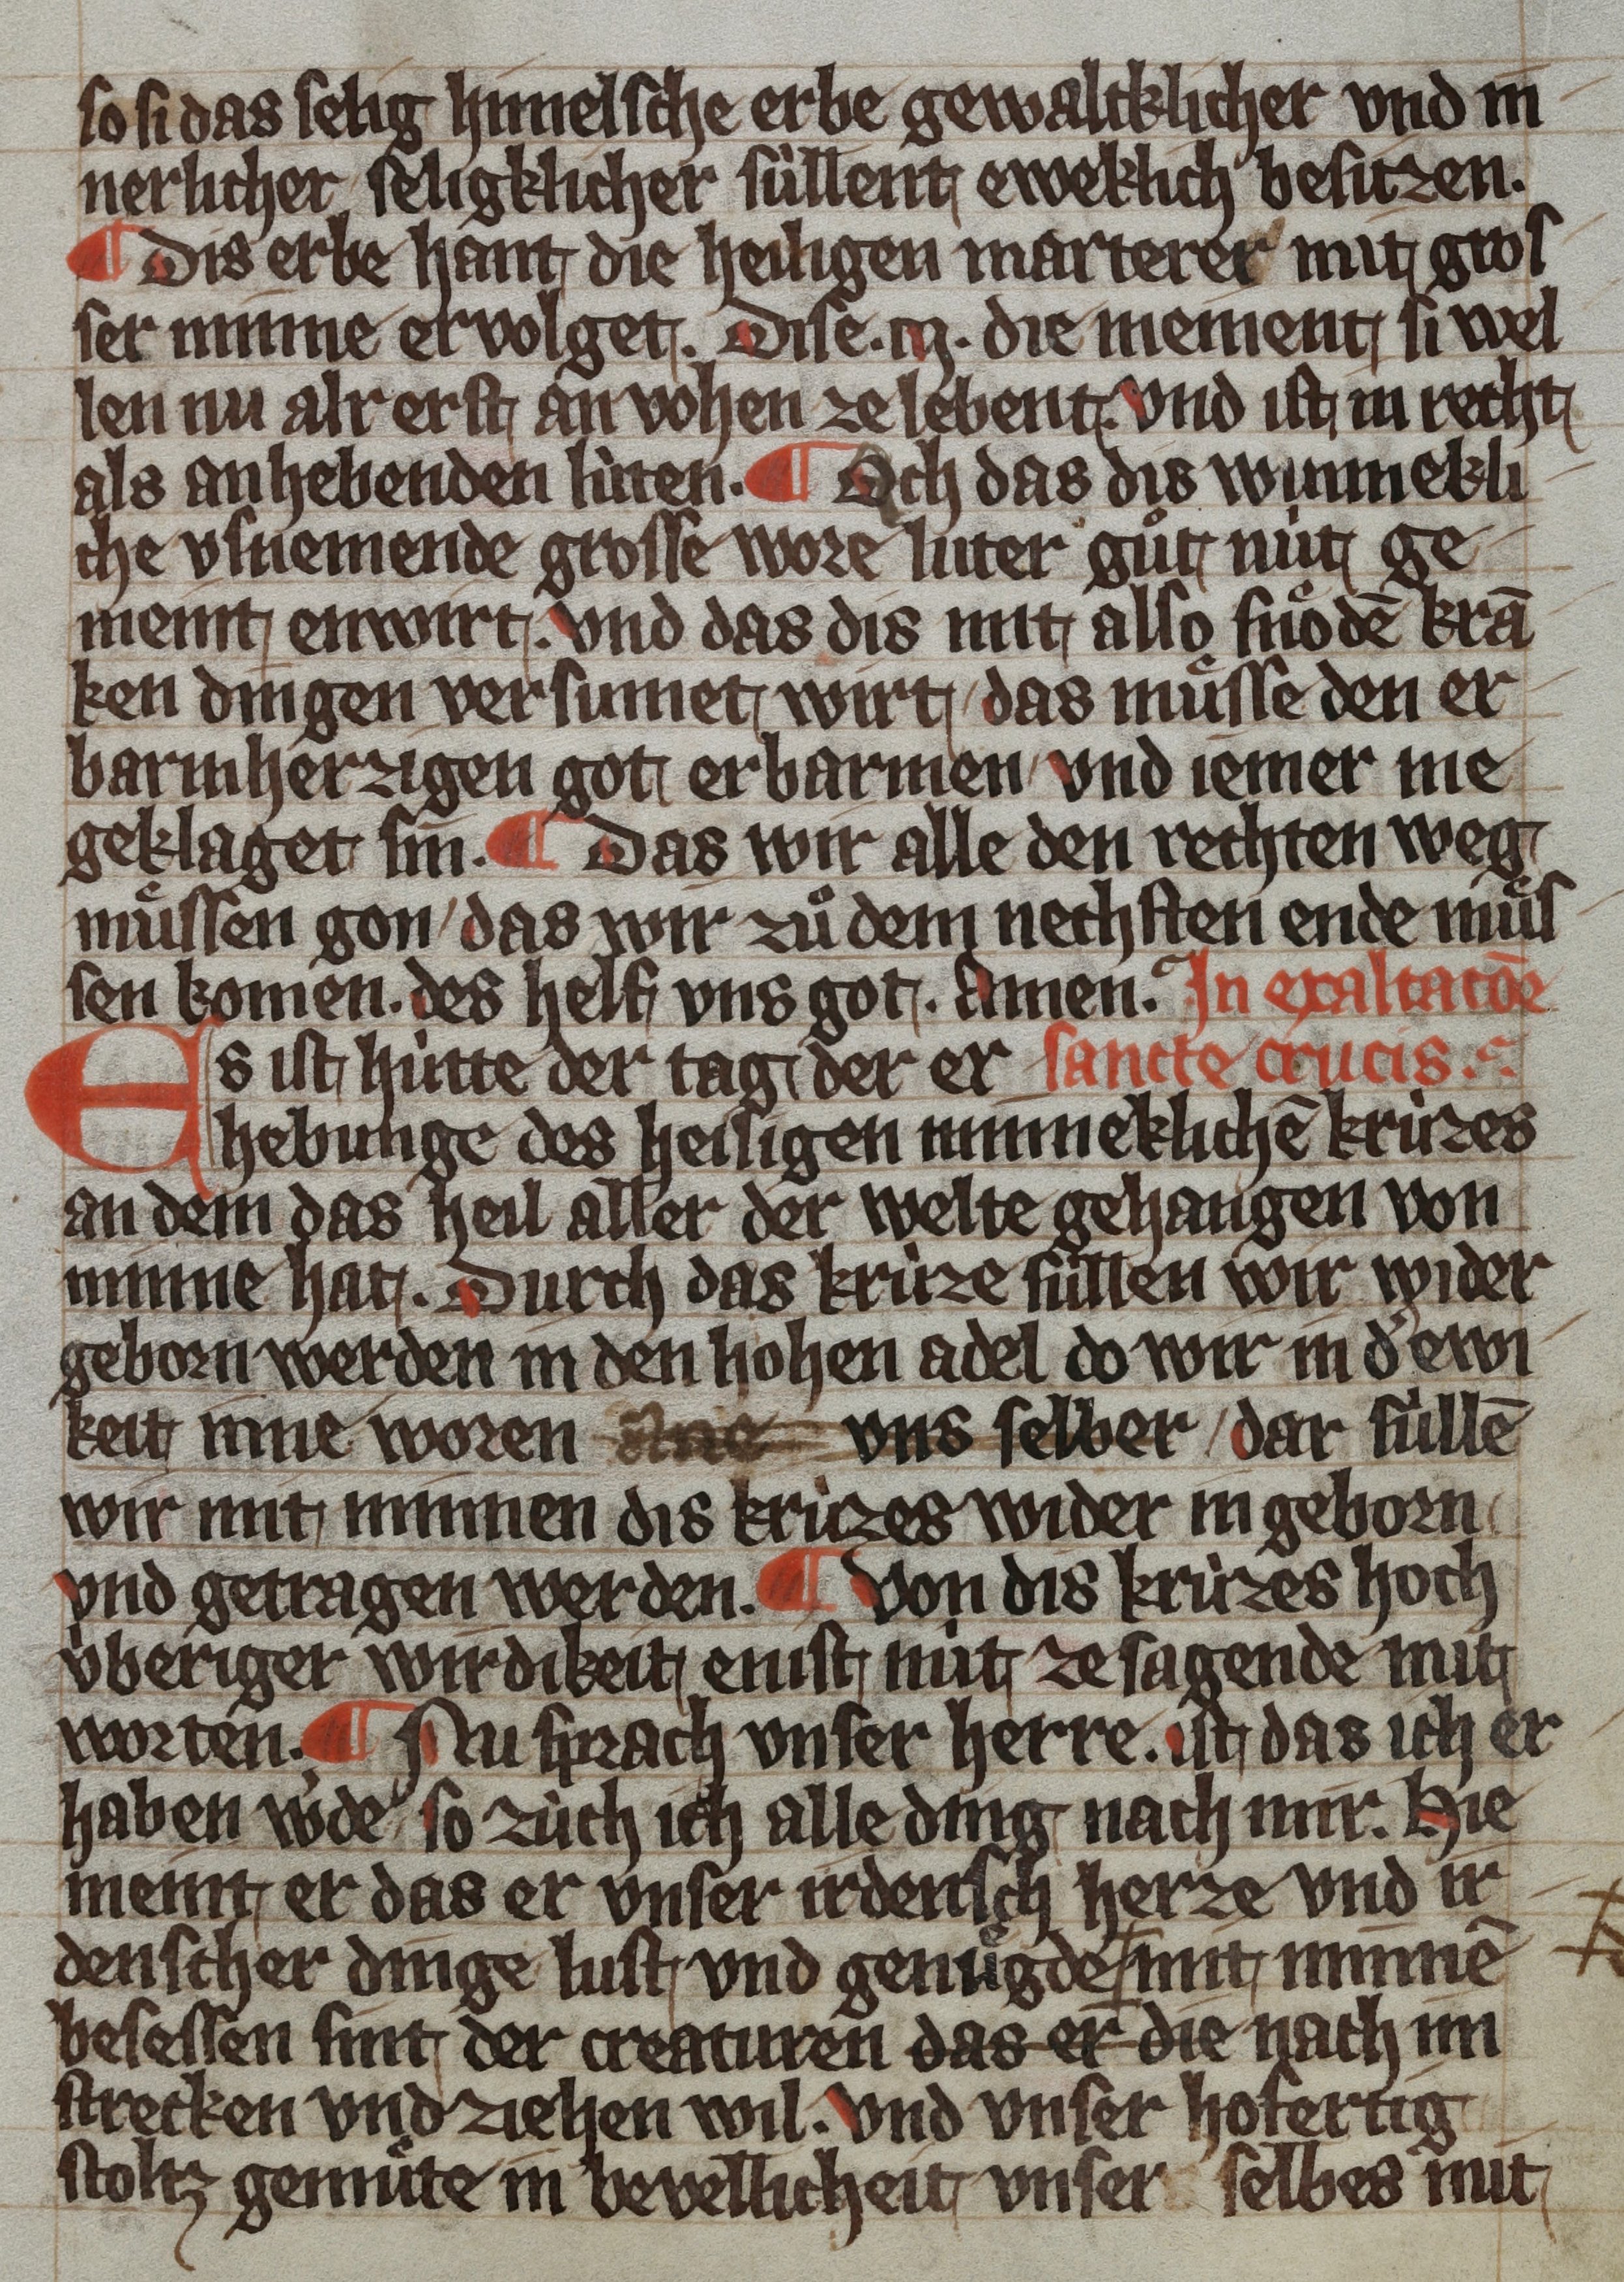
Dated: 1359–1359